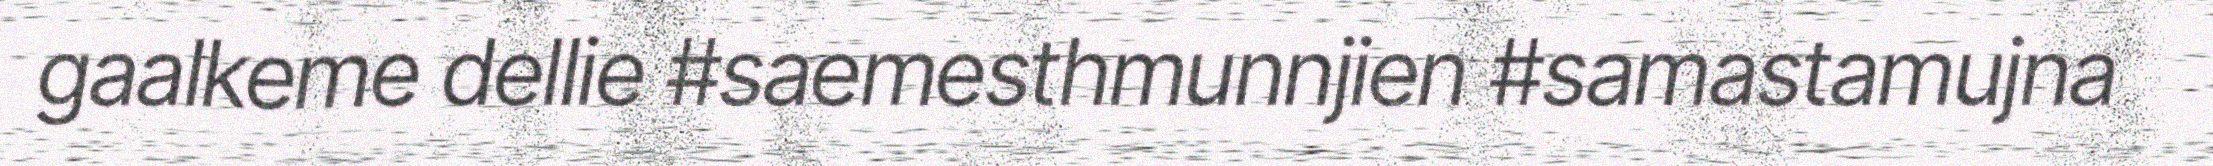
gaalkeme dellie #saemesthmunnjien #samastamujna